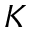
K